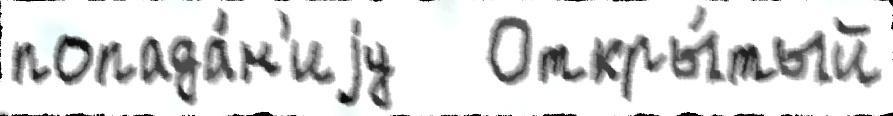
попада́н'иjу   Откры́тый